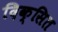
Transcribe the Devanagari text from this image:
दिक्सित